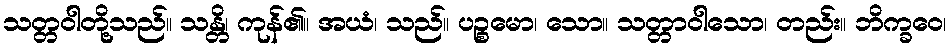
သတ္တဝါတို့သည်။ သန္တိ၊ ကုန်၏။ အယံ၊ သည်။ ပဉ္စမော၊ သော။ သတ္တာဝါသော၊ တည်း။ ဘိက္ခဝေ၊